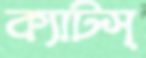
ক্যাটস্